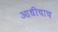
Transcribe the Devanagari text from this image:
आधीचाच